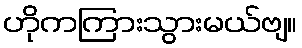
ဟိုကကြားသွားမယ်ဗျ။